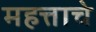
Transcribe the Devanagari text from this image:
महत्ताचे